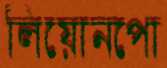
লিয়োনপো